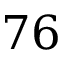
7 6